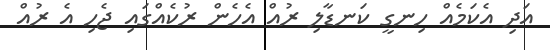
އަދި އެކަމެއް ހިނގީ ކަނޑާލި ރުއް އެހެން ރުކެއްގައި ޖެހި އެ ރުއް